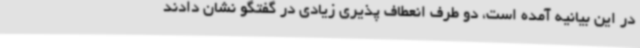
در این بیانیه آمده است، دو طرف انعطاف پذیری زیادی در گفتگو نشان دادند